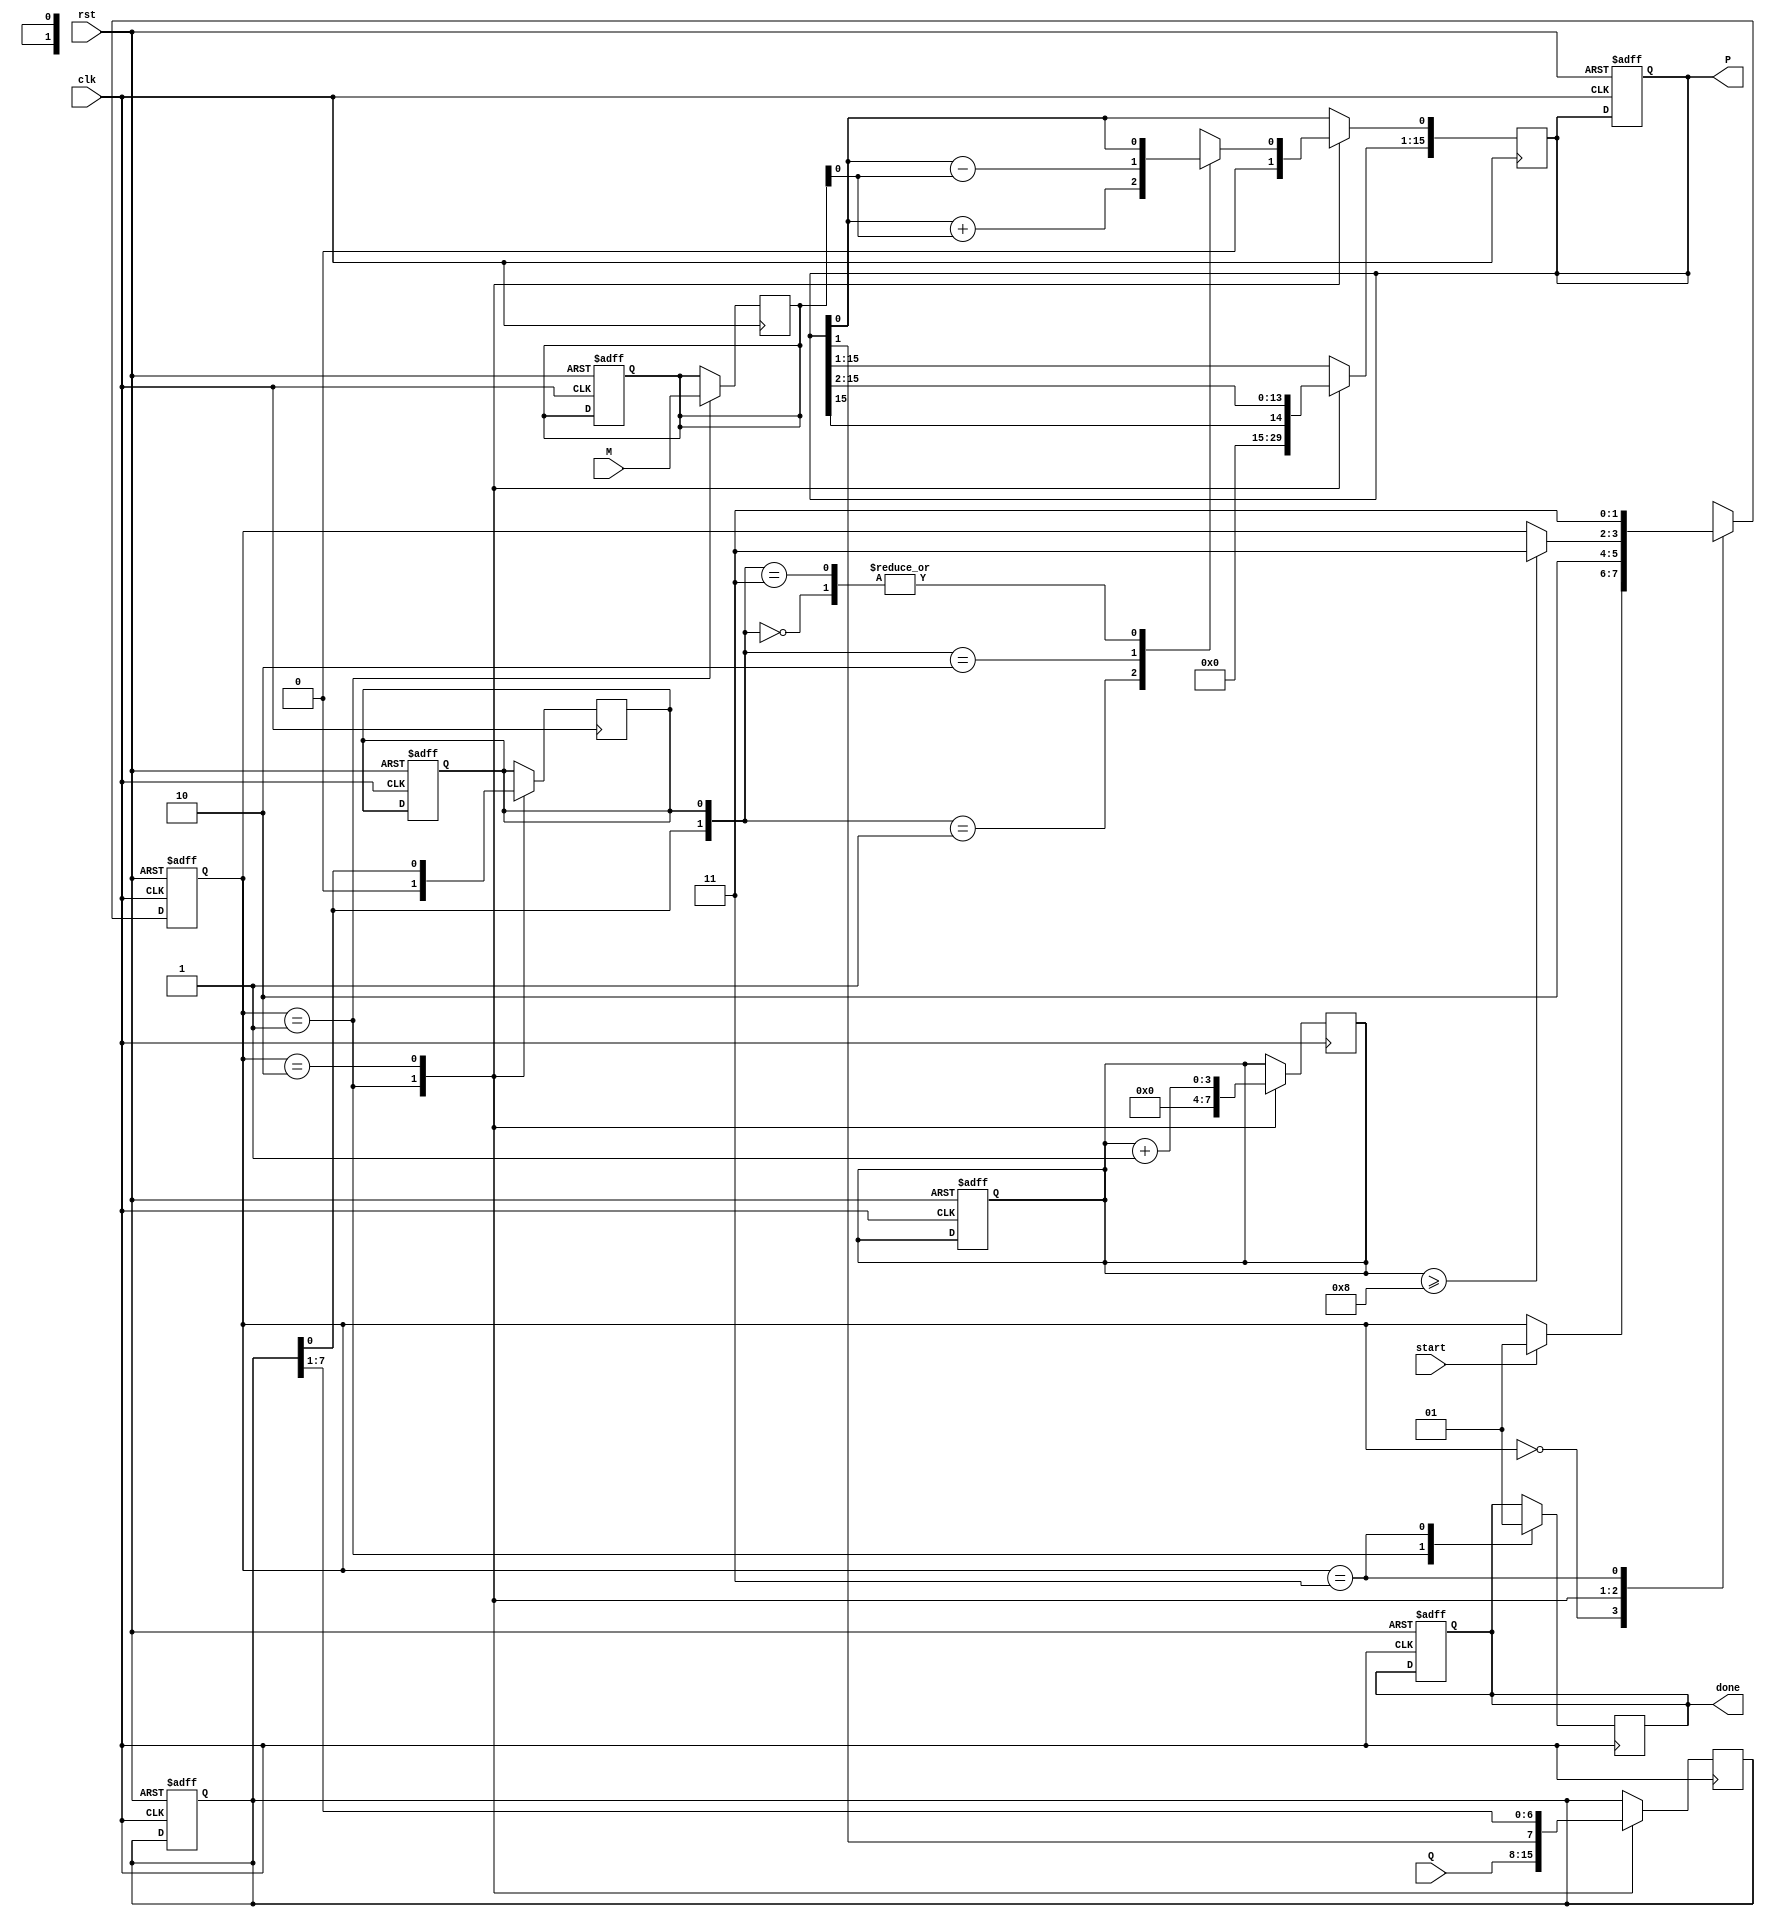
module booth_multiplier #(
    parameter WIDTH = 8 // Bit-width of the inputs
)(
    input clk,
    input rst,
    input start,
    input signed [WIDTH-1:0] M, // Multiplicand
    input signed [WIDTH-1:0] Q, // Multiplier
    output reg signed [2*WIDTH-1:0] P, // Product
    output reg done // Done signal
);

    // Internal registers
    reg signed [WIDTH-1:0] A;       // A register
    reg signed [WIDTH-1:0] Q_reg;   // Q register
    reg Q1;                          // Q-1 register
    reg [3:0] count;                // Cycle counter

    // State Definitions
    localparam IDLE = 2'b00,
               INIT = 2'b01,
               PROCESS = 2'b10,
               DONE = 2'b11;

    reg [1:0] state, next_state;

    // State transition logic
    always @(posedge clk or posedge rst) begin
        if (rst) begin
            state <= IDLE;
            P <= 0;
            A <= 0;
            Q_reg <= 0;
            Q1 <= 0;
            count <= 0;
            done <= 0;
        end else begin
            state <= next_state;
        end
    end

    // Next state logic
    always @(*) begin
        next_state = state;
        case (state)
            IDLE: if (start) next_state = INIT;
            INIT: next_state = PROCESS;
            PROCESS: if (count >= WIDTH) next_state = DONE;
            DONE: next_state = DONE; // Remain in DONE state
        endcase
    end

    // Sequential logic for Booth's algorithm
    always @(posedge clk) begin
        case (state)
            INIT: begin
                // Initialize Registers
                A <= M;               // Load multiplicand into A
                Q_reg <= Q;          // Load multiplier into Q_reg
                Q1 <= 0;             // Initialize Q-1 to 0
                P <= 0;              // Initialize product to 0
                count <= 0;          // Reset counter
                done <= 0;           // Clear done signal
            end

            PROCESS: begin
                case ({Q_reg[0], Q1}) // Examine Q and Q-1
                    2'b01: P <= P + A; // Add A to P
                    2'b10: P <= P - A; // Subtract A from P
                    2'b00: P <= P;     // No operation
                    2'b11: P <= P;     // No operation
                endcase

                // Arithmetic right shift of (P, Q_reg):
                {P[2*WIDTH-1:1], Q_reg} <= {P[2*WIDTH-1], P[2*WIDTH-1:1], Q_reg[WIDTH-1:1]};

                // Update Q1 to the previous LSB of Q_reg
                Q1 <= Q_reg[0];

                // Increment counter
                count <= count + 1;
            end

            DONE: begin
                done <= 1; // Set done signal
            end
        endcase
    end
endmodule